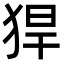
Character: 猂